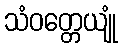
သံဝတ္တေယျုံ